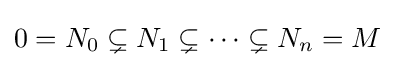
0=N_{0}\subsetneq N_{1}\subsetneq \cdots \subsetneq N_{n}=M